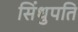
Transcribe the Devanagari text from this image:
सिंधुपति